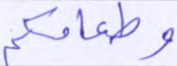
وطعامكم